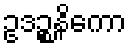
ဥဒဉ္စနိကော